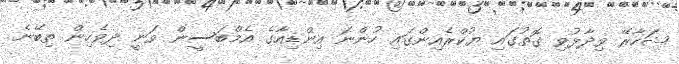
ޝަހާރޭ ވިދާޅުވި ގޮތުގައި ޔުކްރެއިންގައި ހުންނަ އިންޑިއާގެ އެމްބަސީން ވަނީ ދިވެހިން ތިބޭނެ